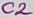
Text: C2